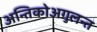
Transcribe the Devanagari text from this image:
अन्तिकोअगुलन्त